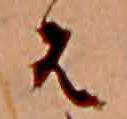
は